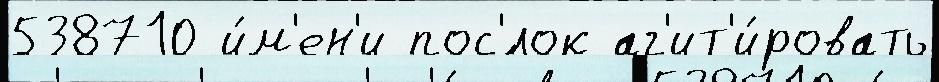
538710 и́м'ен'и пос'́лок аг'ит'и́ровать